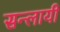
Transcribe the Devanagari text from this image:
सन्लायी